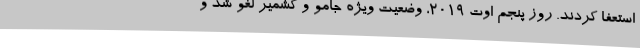
استعفا کردند. روز پنجم اوت 2019، وضعیت ویژه جامو و کشمیر لغو شد و